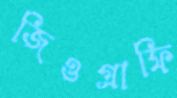
জিওগ্রাফি